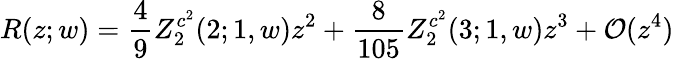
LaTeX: R(z;w)=\frac{4}{9}Z_{2}^{c^{2}}(2;1,w)z^{2}+\frac{8}{105}Z_{2}^{c^{2}}(3;1,w)z^{3}+{\cal O}(z^{4})